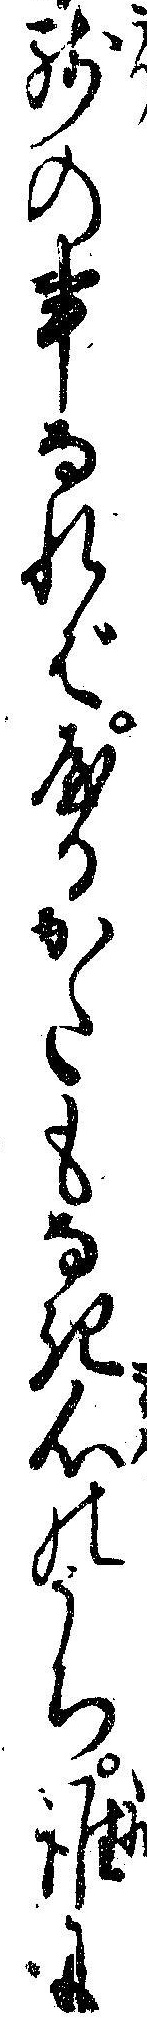
残の事なればやるかたもなき心のうち誰に